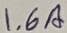
Text: 1.6A